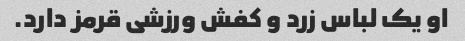
او یک لباس زرد و کفش ورزشی قرمز دارد.